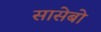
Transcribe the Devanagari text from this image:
सासेबो